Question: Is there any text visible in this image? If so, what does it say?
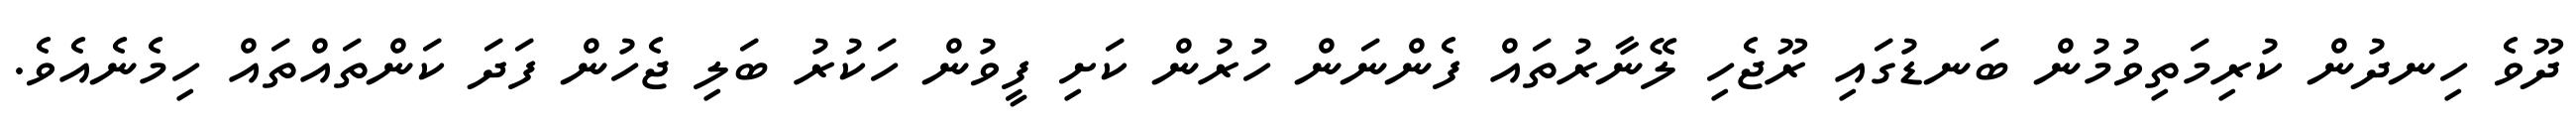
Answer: ދޫވެ ހިނދުން ކުރިމަތިވުމުން ބަނޑުގައި ރޫޖެހި ލޭނާރުތައް ފެންނަން ހުރުން ކަށި ފީވުން ހަކުރު ބަލި ޖެހުން ފަދަ ކަންތައްތައް ހިމެނެއެވެ.